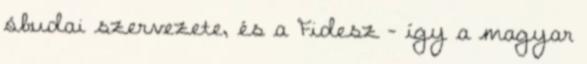
óbudai szervezete, és a Fidesz – így a magyar